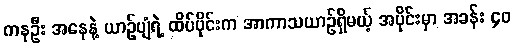
ကနဦး အနေနဲ့ ယာဉ်ပျံရဲ့ ထိပ်ပိုင်းက အာကာသယာဉ်ရှိမယ့် အပိုင်းမှာ အခန်း ၄၀